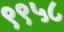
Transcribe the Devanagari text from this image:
९९५८